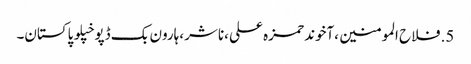
5.	فلاح المومنین ،آخوند حمزہ علی ،ناشر ،ہارون بک ڈپو خپلو پاکستان۔